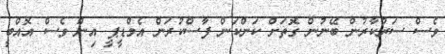
ވެސް ސަރުކާރުން ބޭނުން ގޮތަށް ކަންކަން ފާސްކުރަން އެމްޑީޕީ އިން ވެސް އޮއްބީ